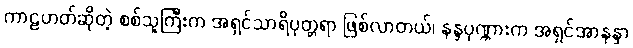
ကာဠဟတ်ဆိုတဲ့ စစ်သူကြီးက အရှင်သာရိပုတ္တရာ ဖြစ်လာတယ်၊ နန္ဒပုဏ္ဏားက အရှင်အာနန္ဒာ